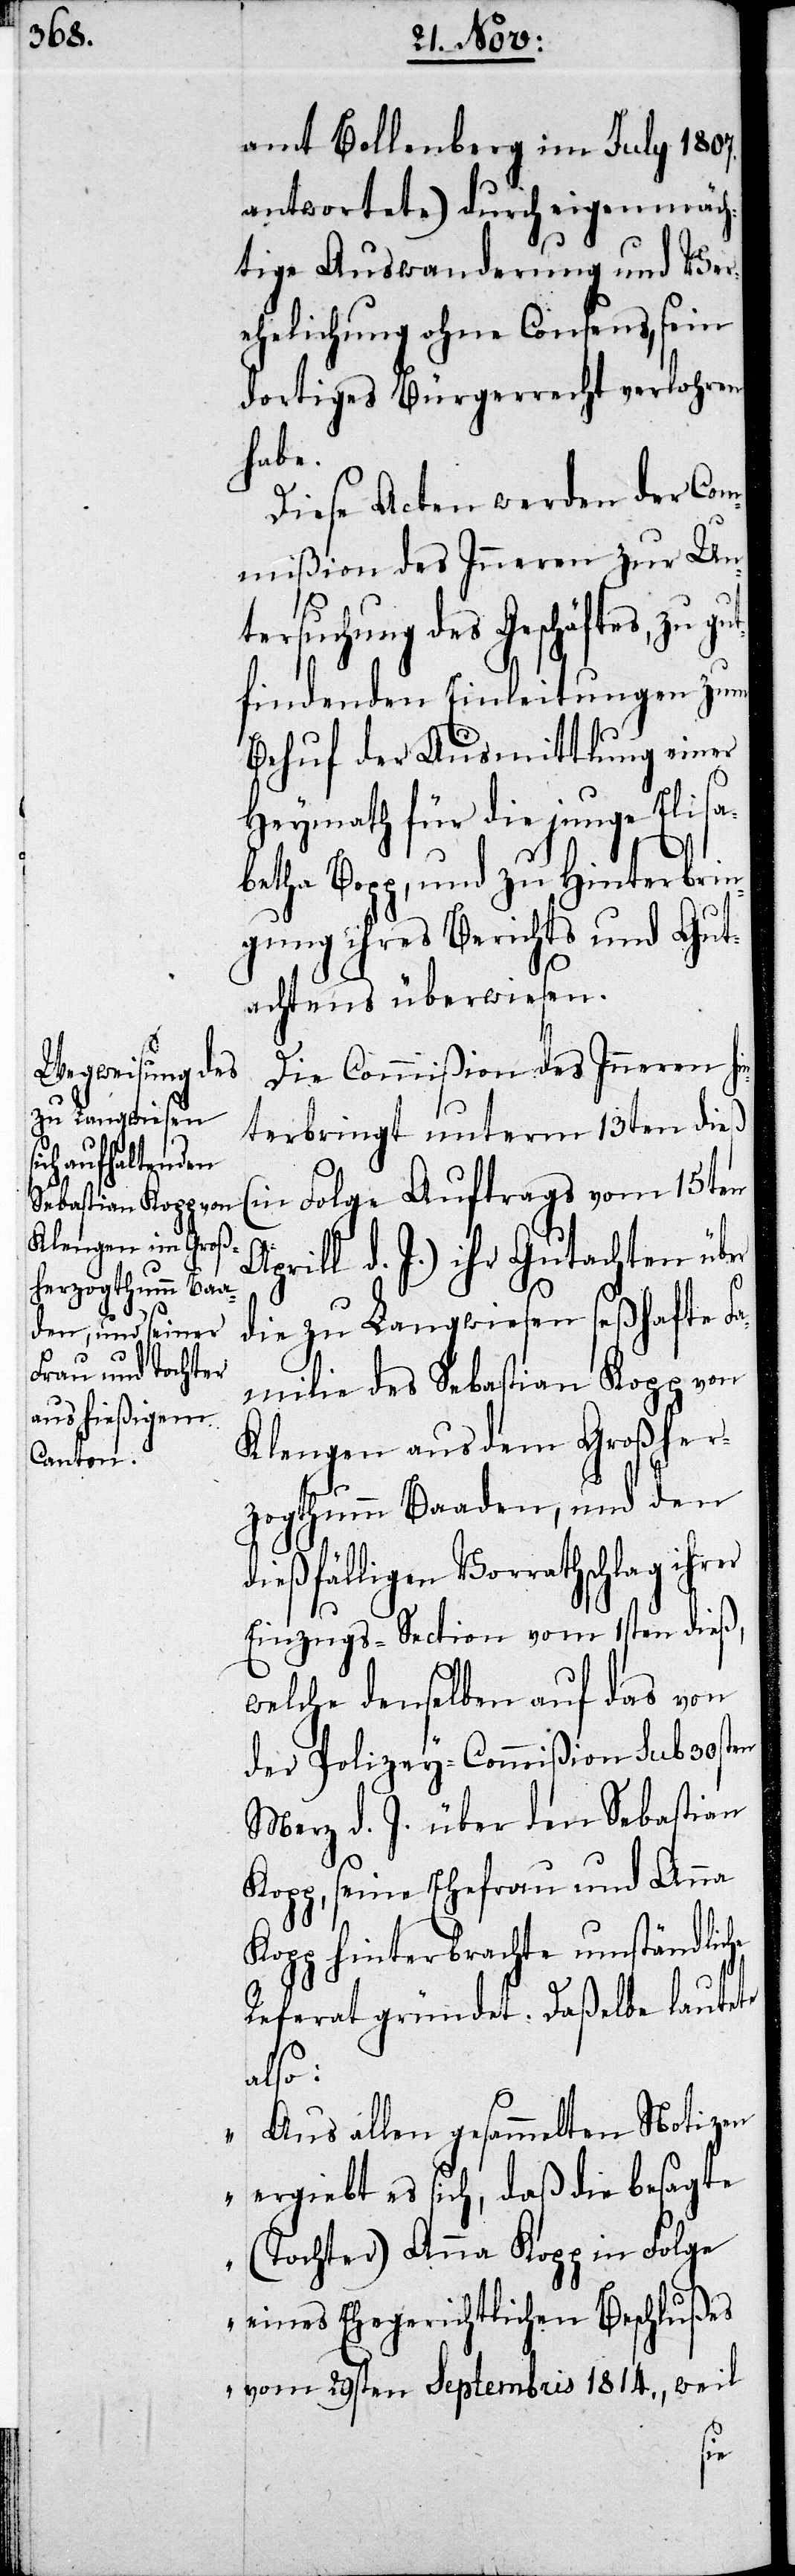
amt Bollenberg im July 1807.
antwortete) durch eigenmäch¬
tige Auswanderung und Ver¬
ehelichung ohne Consens, sein
dortiges Bürgerrecht verlohren
habe.
Diese Acten werden der Com¬
mißion des Inneren zur Un¬
tersuchung des Geschäftes, zu g¬
utfindenden Einleitungen zum
Behuf der Ausmittlung einer
Heymath für die junge Elisa¬
betha Bopp, und zu Hinterbrin¬
gung ihres Berichts und Gut¬
achtens überwiesen.
Die Commißion des Inneren hi¬
nterbringt unterm 13ten dieß
(in Folge Auftrags vom 15ten
d. J.) ihr Gutachten
die zu Langwiesen seßhafte Fa¬
milie des Sebastian Kopp von
Klengen aus dem Großher¬
zogtumm Baaden, und den
dießfälligen Vorrathschlag ihrer
Einzugs-Section vom 1sten dieß,
welche denselben auf das von
der Polizey-Commißion sub 30sten
Merz d. J. über den Sebastian
Kopp hinterbrachte umständliche
Referat gründet. Daßelbe lautet
also:
„Aus allen gesammelten Notizen
ergiebt es sich, daß die besagte
(Tochter) Anna Kopp in Folge
eines Ehegerichtlichen Beschlußes
vom 29sten Septembris 1814., weil